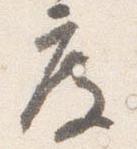
度